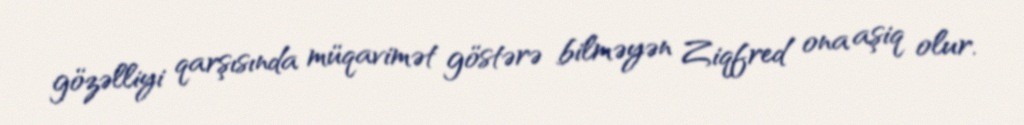
gözəlliyi qarşısında müqavimət göstərə bilməyən Ziqfred ona aşiq olur.